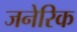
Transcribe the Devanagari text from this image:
जनेरिक